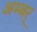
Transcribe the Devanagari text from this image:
अम्बर्